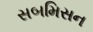
સબમિસન